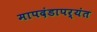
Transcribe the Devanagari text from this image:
मापदंडापर्यंत